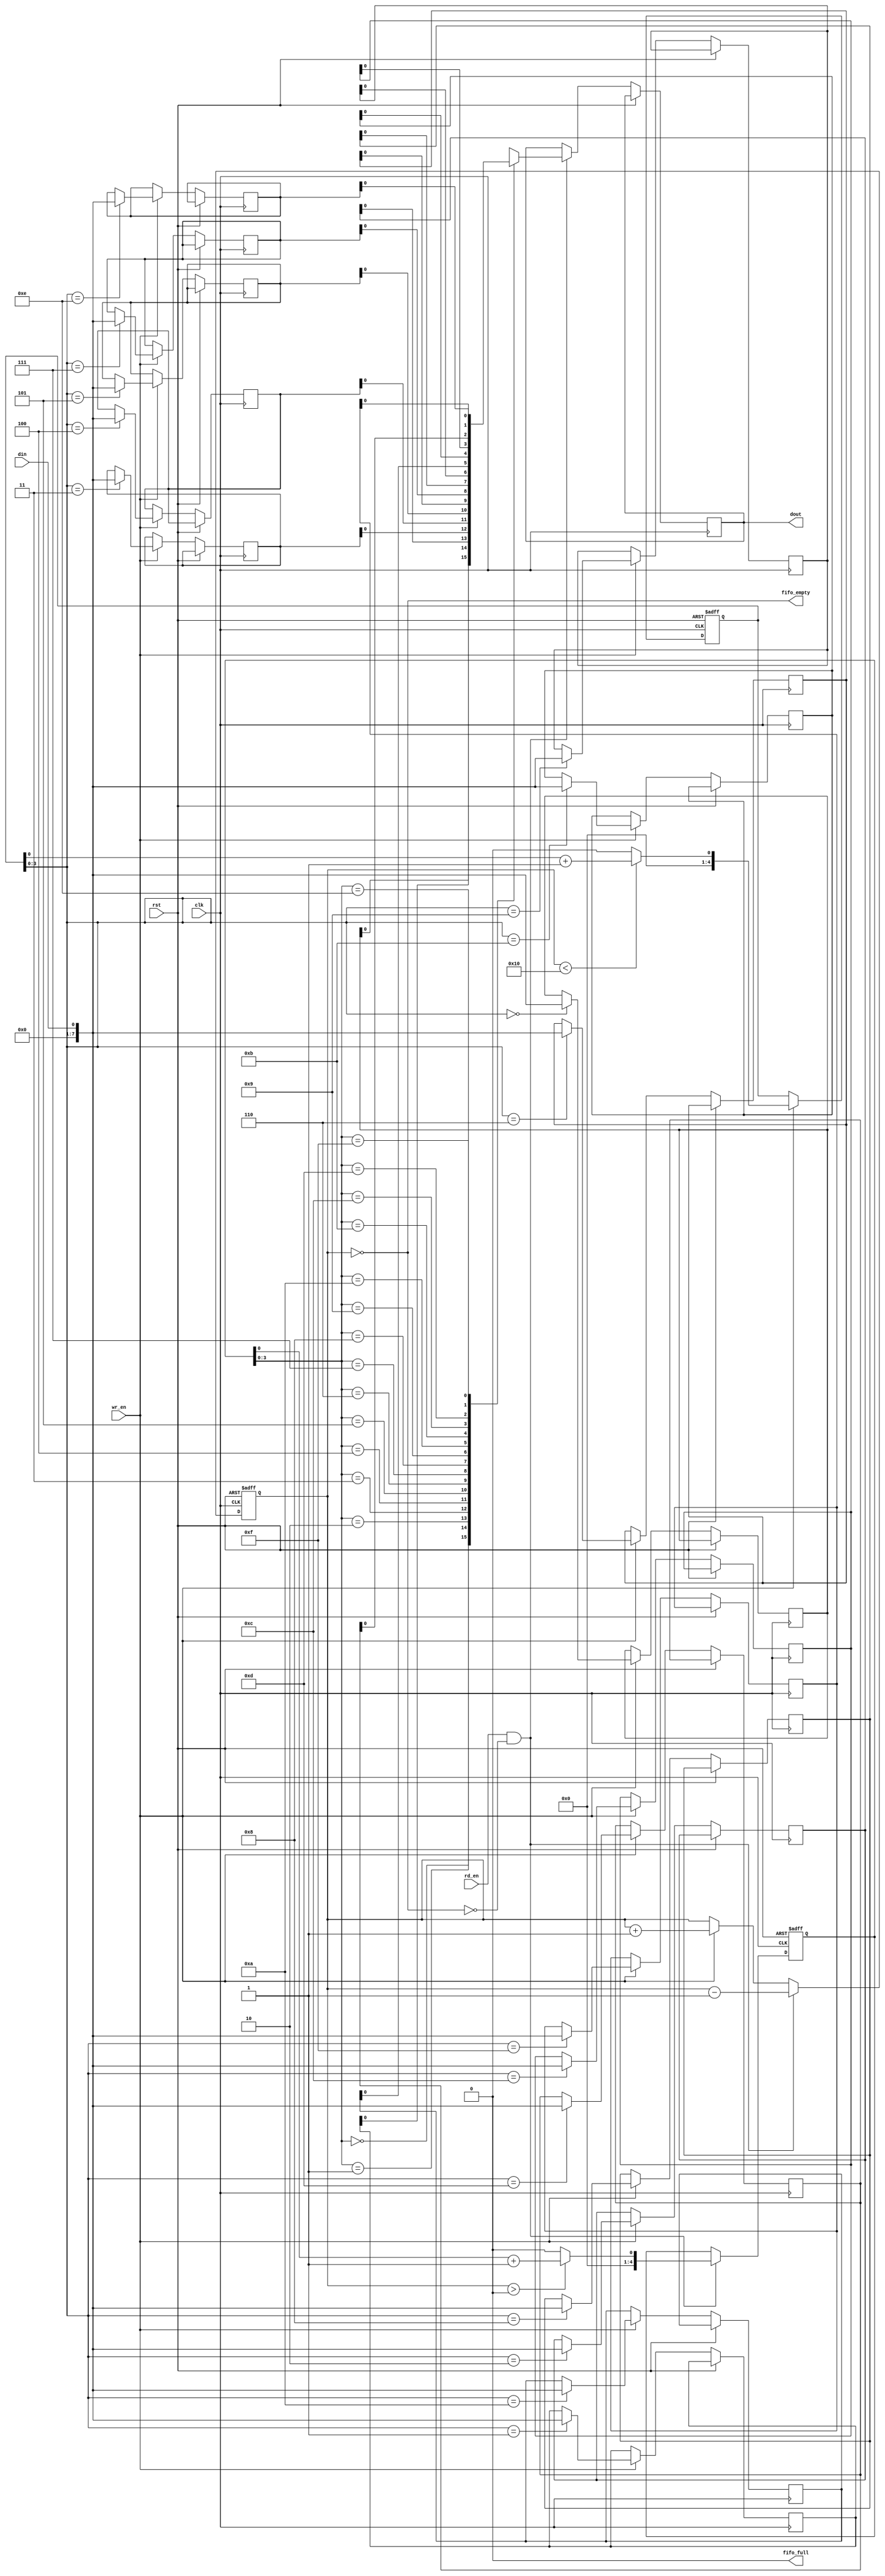
module fifo (
    input wire clk,
    input wire rst,
    input wire wr_en,
    input wire rd_en,
    input wire din,
    output wire dout,
    output wire fifo_full,
    output wire fifo_empty
);

parameter FIFO_DEPTH = 16;
parameter WIDTH = 8;

reg [WIDTH-1:0] fifo [0:FIFO_DEPTH-1];
reg [4:0] wr_ptr;
reg [4:0] rd_ptr;
reg [3:0] count;
wire wr_ptr_next = count < FIFO_DEPTH ? wr_ptr + 1 : 0;
wire rd_ptr_next = count > 0 ? rd_ptr + 1 : 0;

assign fifo_full = (count == FIFO_DEPTH);
assign fifo_empty = (count == 0);

always @(posedge clk or posedge rst)
begin
    if (rst)
    begin
        wr_ptr <= 0;
        rd_ptr <= 0;
        count <= 0;
    end
    else
    begin
        if (wr_en && !fifo_full)
        begin
            fifo[wr_ptr] <= din;
            wr_ptr <= wr_ptr_next;
            count <= count + 1;
        end
        
        if (rd_en && !fifo_empty)
        begin
            dout <= fifo[rd_ptr];
            rd_ptr <= rd_ptr_next;
            count <= count - 1;
        end
    end
end

endmodule